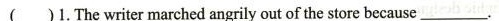
( )1.The writer marched angrily out of the store because__________